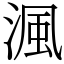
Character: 渢